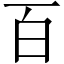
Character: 百